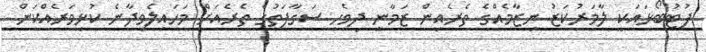
ފުޓުބޯޅައަކީ ލާމަރުކަޒު ނިޒާމެއްގެ ތެރެއިން ޒަމާނީ ދިވެހި ސަގާފަތުގެ ތެރެއަށް މަހައިލެވިދާނެ ކުޅިވަރެއްކަން